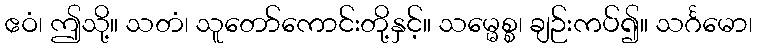
ဧဝံ၊ ဤသို့။ သတံ၊ သူတော်ကောင်းတို့နှင့်။ သမ္မေစ္စ၊ ချဉ်းကပ်၍။ သင်္ဂမော၊